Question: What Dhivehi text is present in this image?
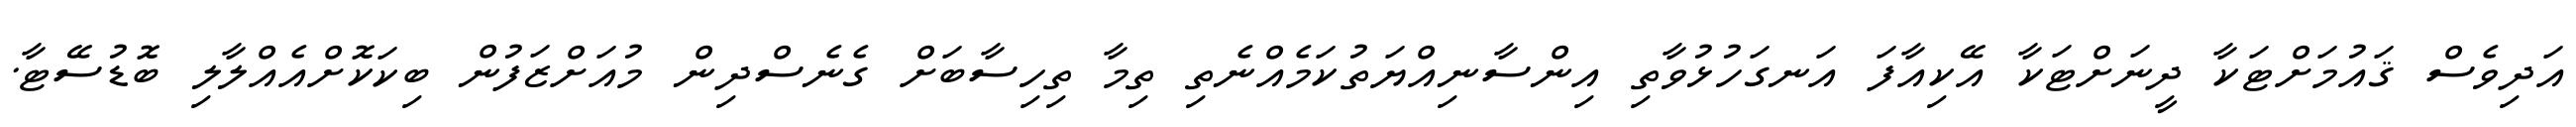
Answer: އަދިވެސް ޤައުމަށްޓަކާ ދީނަށްޓަކާ އޭކިއާފަ އަނގަހުޅުވާތި އިންސާނިއްޔަތުކަމެއްނެތި ތިމާ ތިހިސާބަށް ގެނެސްދިން މުއަށްޒަފުން ބިކަކޮށްއެއްލާލި ބޮޑުސޭޓާ.